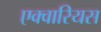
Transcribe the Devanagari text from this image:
एक्वारियस